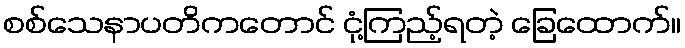
စစ်သေနာပတိကတောင် ငုံ့ကြည့်ရတဲ့ ခြေထောက်။